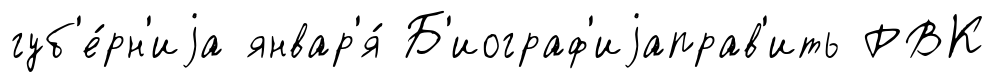
губ'е́рн'иjа январ'я́ Б'иограф'иjаправ'ить РВК